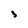
Character: 3